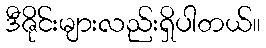
ဒီဇိုင်းများလည်းရှိပါတယ်။